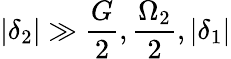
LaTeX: |\delta_{2}|\gg\frac{G}{2},\frac{\Omega_{2}}{2},|\delta_{1}|